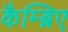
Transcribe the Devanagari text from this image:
कैम्ब्रिए